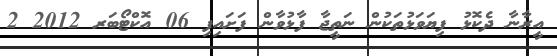
އީރާނާ ދެކޮޅު ފިޔަވަޅުތަކުން ނަތީޖާ ފާޅުވާން ފަށައިފި 06 އޮކްޓޯބަރ 2012 2